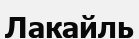
Лакайль